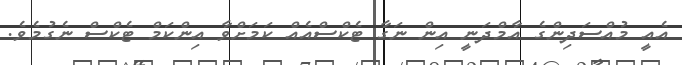
އެއީ މުއްސަދިންގެ އާމްދަނީ އިން ނަގާ ޓެކްސްއެއް ކަމަށްވާ އިންކަމް ޓެކްސް ނެގުމެވެ.